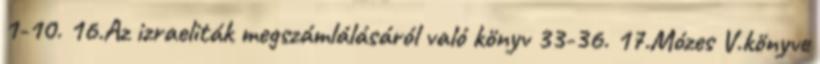
1-10. 16.Az izraeliták megszámlálásáról való könyv 33-36. 17.Mózes V.könyve